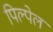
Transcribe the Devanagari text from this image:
पिल्पेल